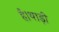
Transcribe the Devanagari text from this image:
है।थाड़ी